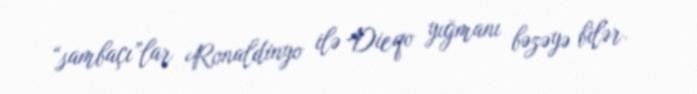
“sambaçı”lar Ronaldinyo ilə Dieqo yığmanı bəzəyə bilər.